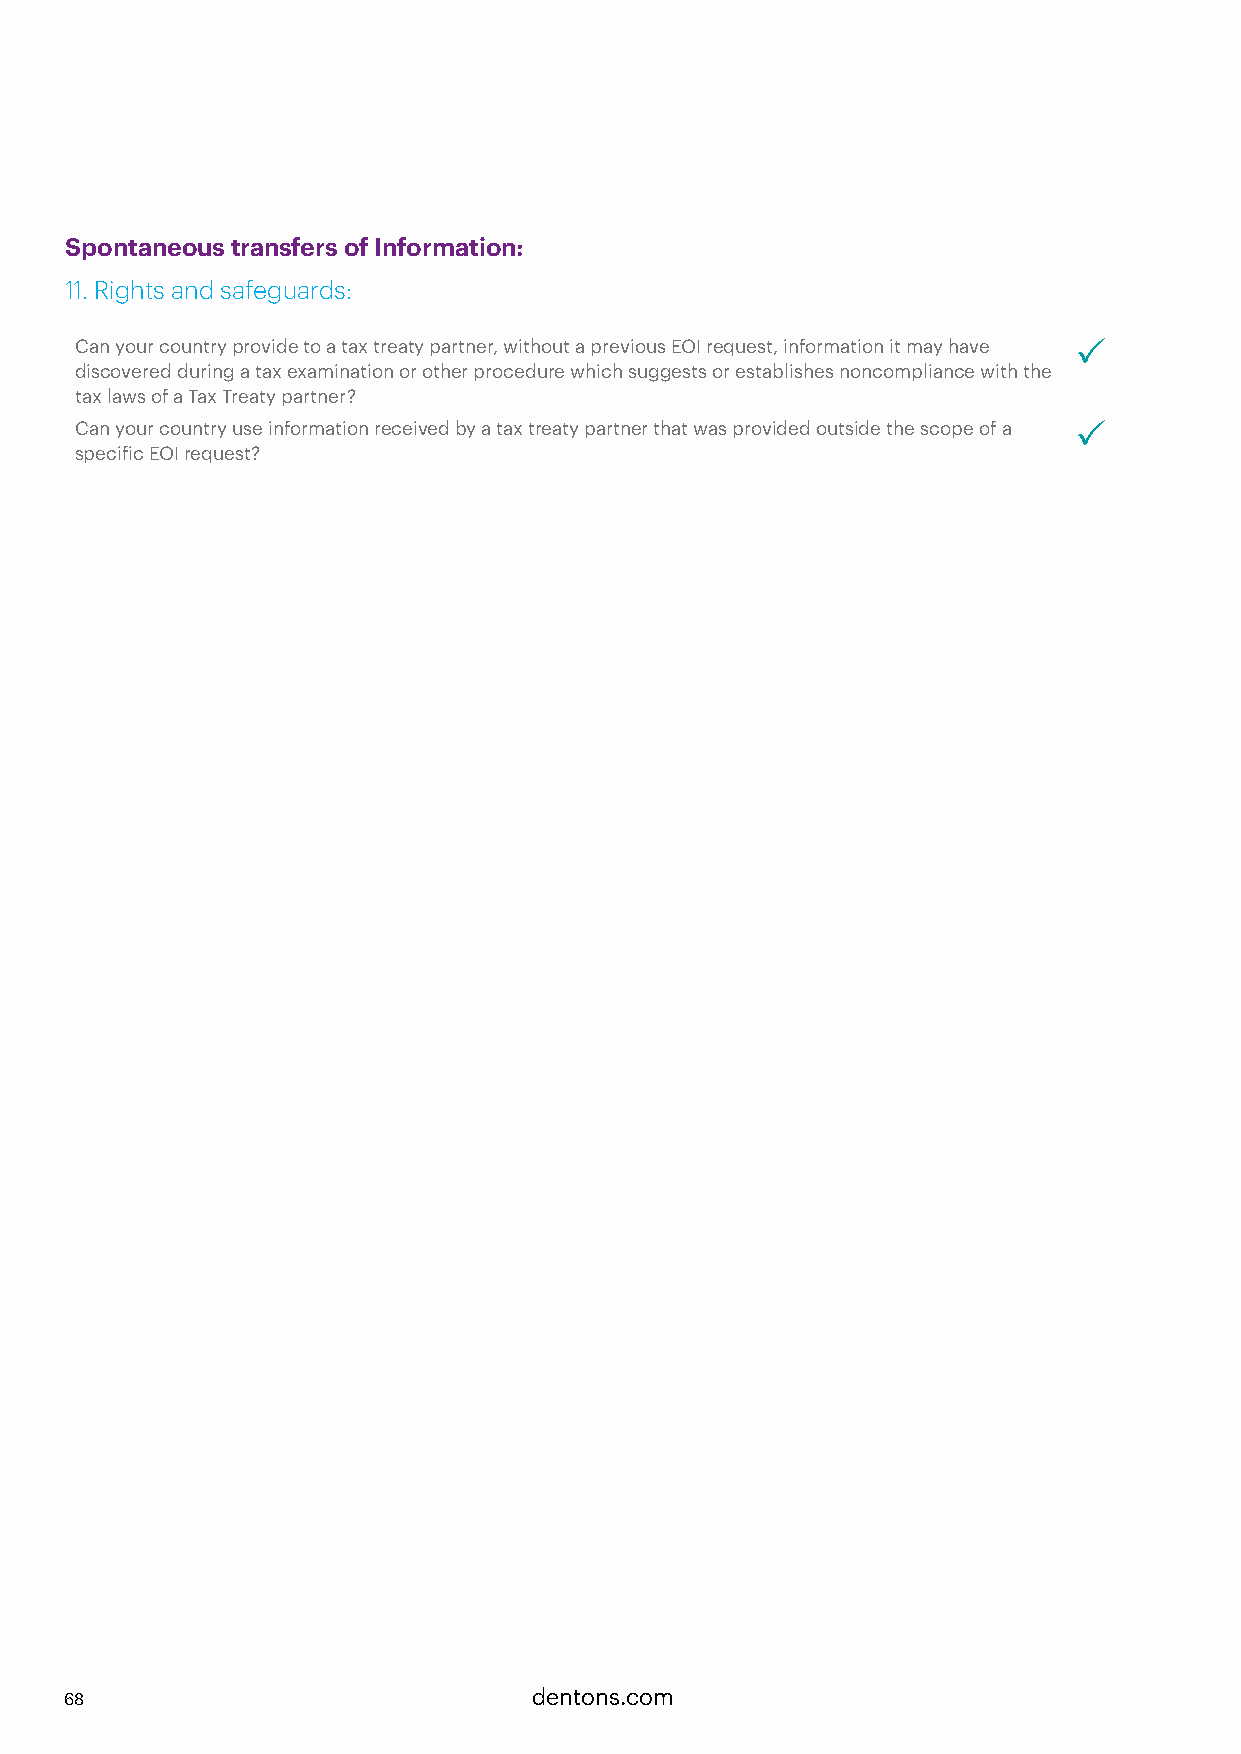
Spontaneous transfers of Information:
 11. Rights and safeguards:
 Can your country provide to a tax treaty partner, without a previous EOI request, information it may have P
 discovered during a tax examination or other procedure which suggests or establishes noncompliance with the
 tax laws of a Tax Treaty partner?
 Can your country use information received by a tax treaty partner that was provided outside the scope of a P
 specific EOI request?
 68                             dentons.com